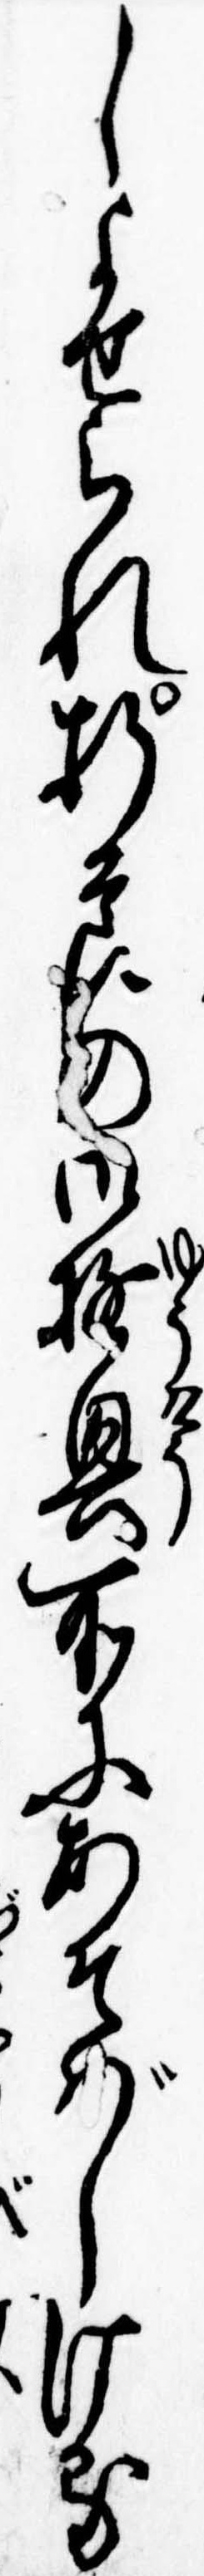
しよせられ折節の御遊興所にあそばしける